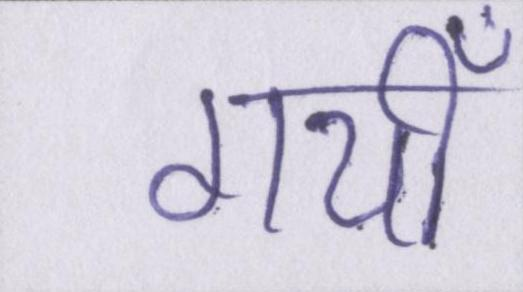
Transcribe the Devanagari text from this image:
गयीँ